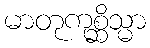
မာတုကုစ္ဆိသ္မာ